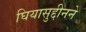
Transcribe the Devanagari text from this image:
घियासुद्दीनने